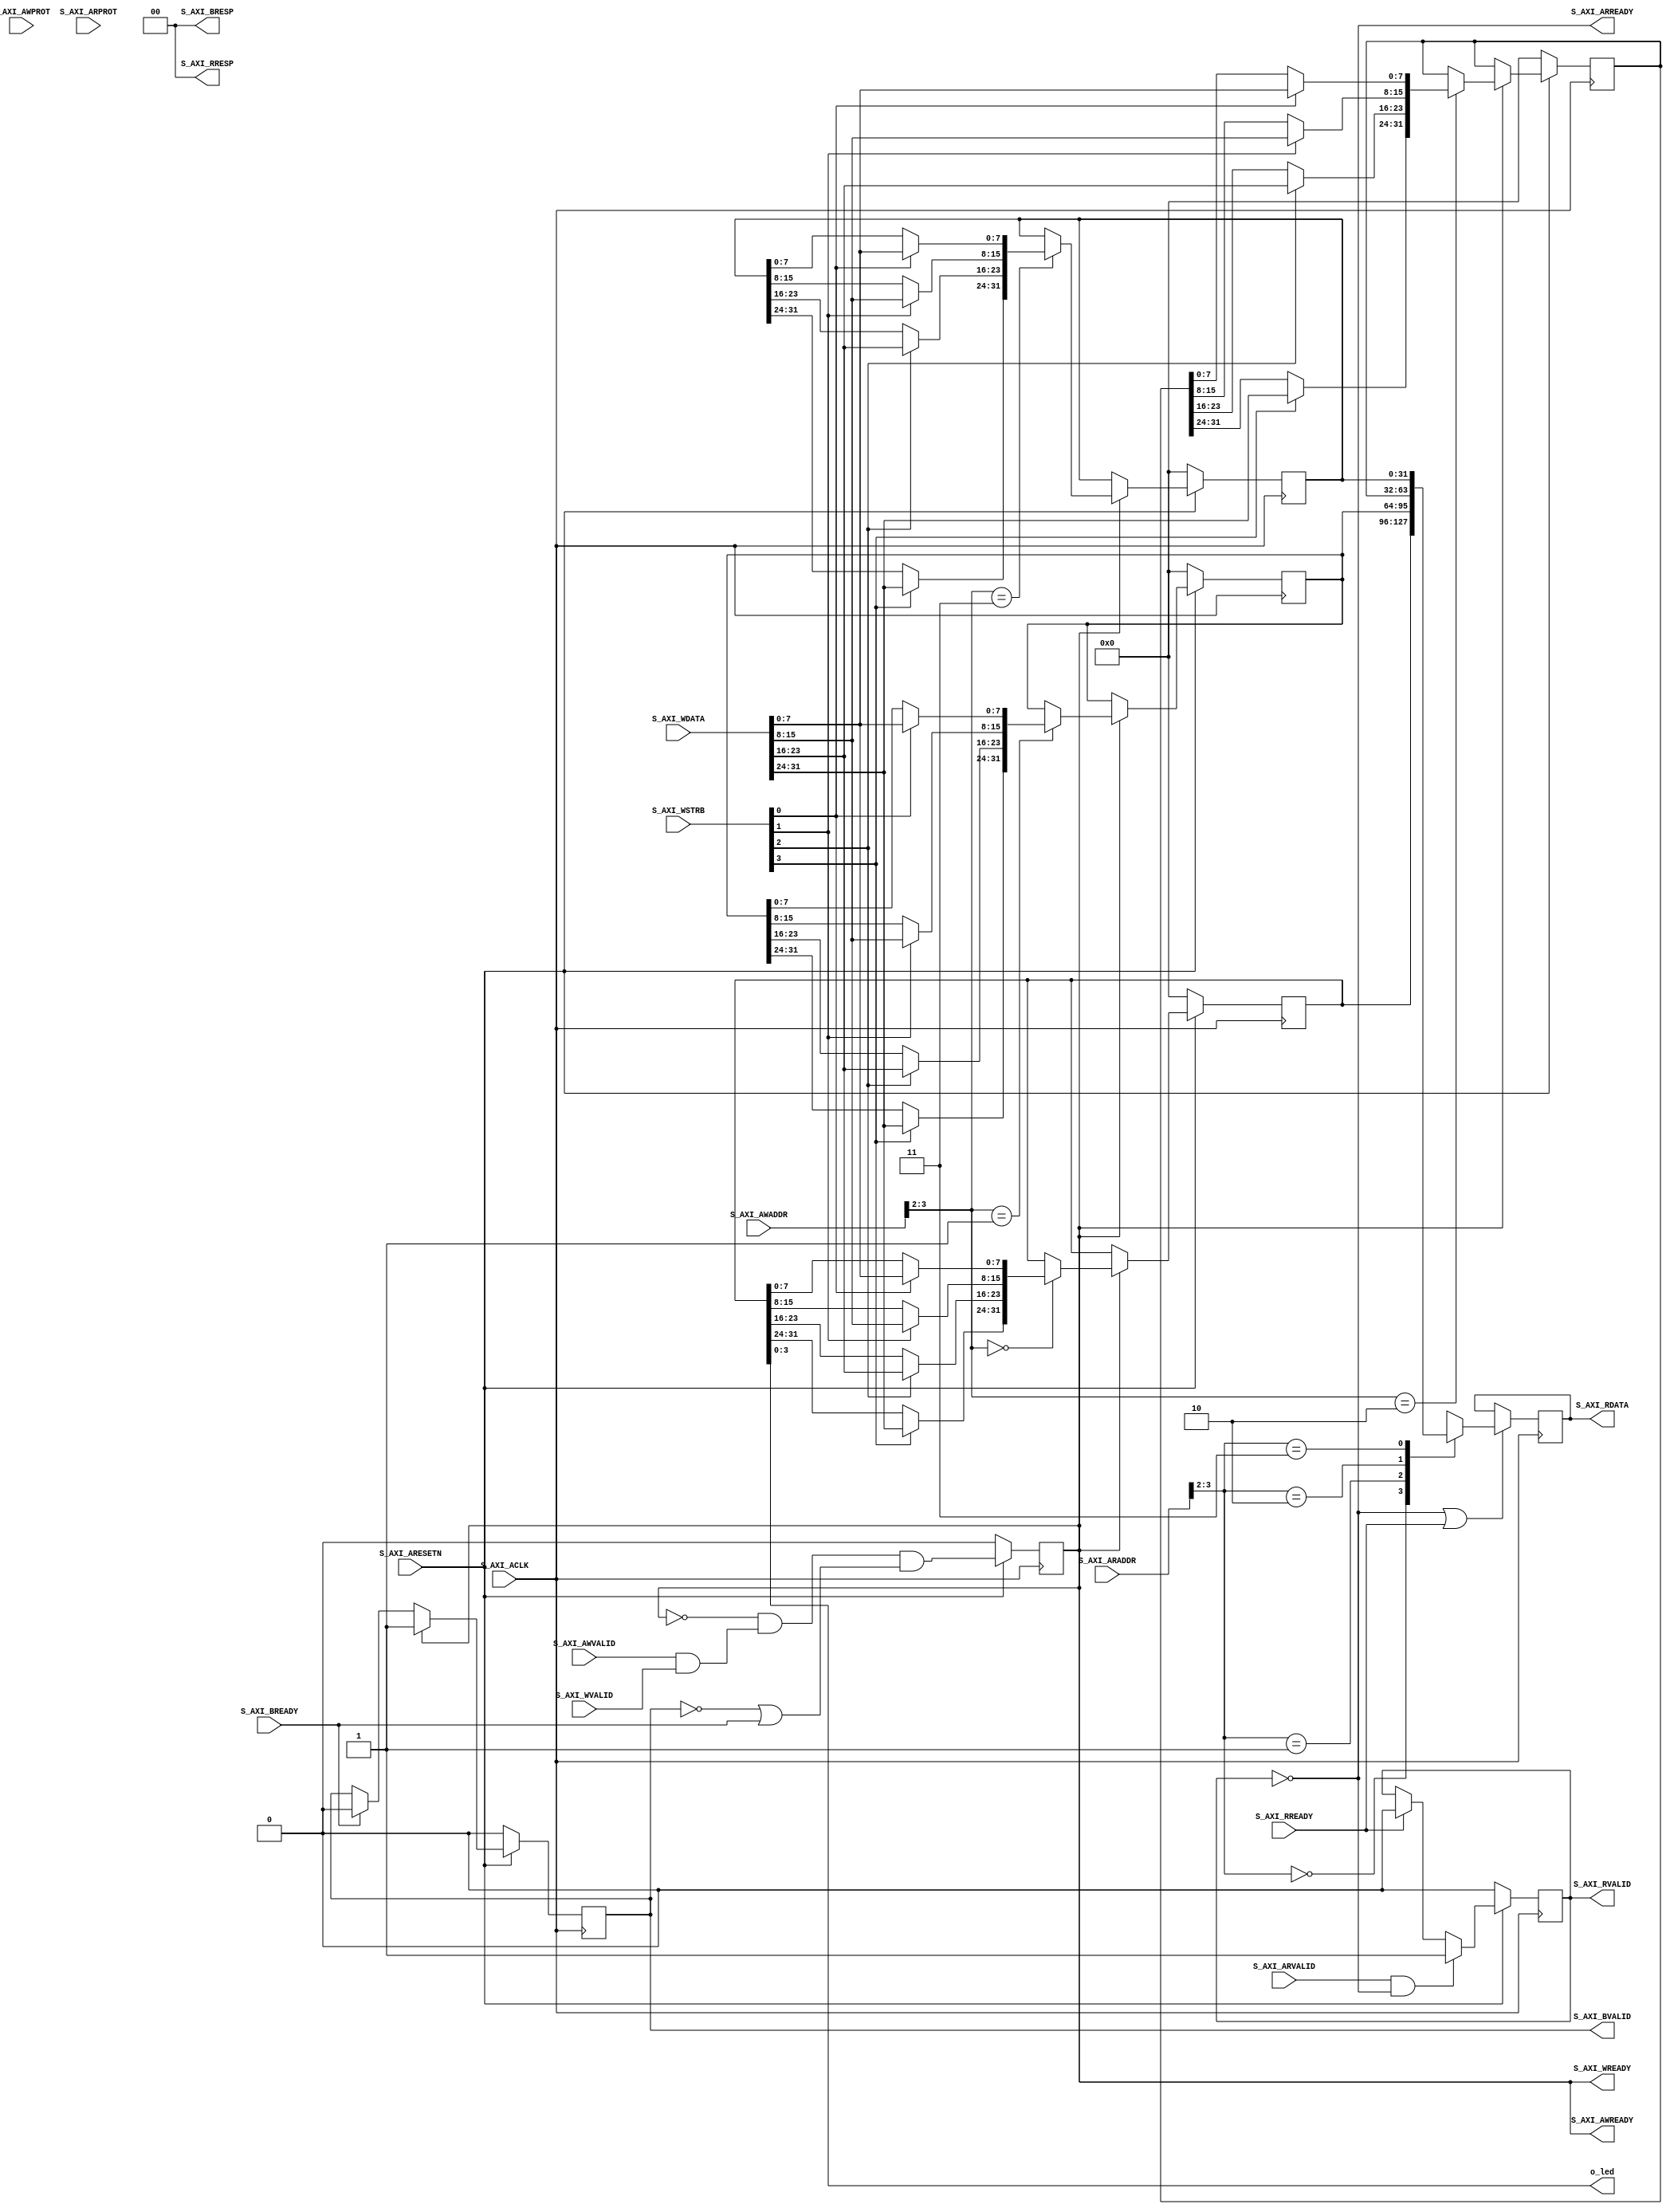
module axi_wrapper_v1_0_S00_AXI #(
		

		// Width of S_AXI data bus
		parameter integer C_S_AXI_DATA_WIDTH = 32,
		// Width of S_AXI address bus
		parameter integer C_S_AXI_ADDR_WIDTH = 4,
		
		// Users to add parameters here
		parameter [0:0]	OPT_SKIDBUFFER = 1'b0,
		parameter [0:0]	OPT_LOWPOWER = 0,
		localparam	ADDRLSB = $clog2(C_S_AXI_DATA_WIDTH)-3
		// User parameters ends
	) (
	    // Users to add ports here
		output wire [3:0] o_led,
	    // User ports ends
		// Do not modify the ports beyond this line
		
		input	wire S_AXI_ACLK,
		input	wire S_AXI_ARESETN,
		
		input	wire S_AXI_AWVALID,
		output	wire S_AXI_AWREADY,
		input	wire [C_S_AXI_ADDR_WIDTH-1:0] S_AXI_AWADDR,
		input	wire [2:0] S_AXI_AWPROT,
		
		input	wire S_AXI_WVALID,
		output	wire S_AXI_WREADY,
		input	wire [C_S_AXI_DATA_WIDTH-1:0] S_AXI_WDATA,
		input	wire [C_S_AXI_DATA_WIDTH/8-1:0] S_AXI_WSTRB,
		
		output	wire S_AXI_BVALID,
		input	wire S_AXI_BREADY,
		output	wire [1:0] S_AXI_BRESP,
		
		input	wire S_AXI_ARVALID,
		output	wire S_AXI_ARREADY,
		input	wire [C_S_AXI_ADDR_WIDTH-1:0] S_AXI_ARADDR,
		input	wire [2:0] S_AXI_ARPROT,
		
		output	wire S_AXI_RVALID,
		input	wire S_AXI_RREADY,
		output	wire [C_S_AXI_DATA_WIDTH-1:0] S_AXI_RDATA,
		output	wire [1:0] S_AXI_RRESP
	);


	/***********************************************************************
     *
     * Register/wire signal declarations
     * 
	 ***********************************************************************/

	wire i_reset = !S_AXI_ARESETN;

	wire axil_write_ready;
	wire [C_S_AXI_ADDR_WIDTH-ADDRLSB-1:0]	awskd_addr;

	wire [C_S_AXI_DATA_WIDTH-1:0]	wskd_data;
	wire [C_S_AXI_DATA_WIDTH/8-1:0]	wskd_strb;
	reg	 axil_bvalid;
	
	wire axil_read_ready;
	wire [C_S_AXI_ADDR_WIDTH-ADDRLSB-1:0]	arskd_addr;
	reg	 [C_S_AXI_DATA_WIDTH-1:0]	axil_read_data;
	reg	 axil_read_valid;

	reg	 [31:0]	led0, led1, led2, led3;
	wire [31:0]	wskd_r0, wskd_r1, wskd_r2, wskd_r3;
	

	/***********************************************************************
     *
     * AXI-Lite signaling
     * 
	 ***********************************************************************/

    /****** Write signaling *****/

    reg axil_awready;

    initial	axil_awready = 1'b0;
	always @(posedge S_AXI_ACLK)
	if (!S_AXI_ARESETN)
		axil_awready <= 1'b0;
	else
		axil_awready <= !axil_awready
			&& (S_AXI_AWVALID && S_AXI_WVALID)
			&& (!S_AXI_BVALID || S_AXI_BREADY);

    assign	S_AXI_AWREADY = axil_awready;
	assign	S_AXI_WREADY  = axil_awready;

    assign 	awskd_addr = S_AXI_AWADDR[C_S_AXI_ADDR_WIDTH-1:ADDRLSB];
	assign	wskd_data  = S_AXI_WDATA;
	assign	wskd_strb  = S_AXI_WSTRB;
    
    assign	axil_write_ready = axil_awready;


    initial	axil_bvalid = 0;
	always @(posedge S_AXI_ACLK)
	if (i_reset)
		axil_bvalid <= 0;
	else if (axil_write_ready)
		axil_bvalid <= 1;
	else if (S_AXI_BREADY)
		axil_bvalid <= 0;

	assign	S_AXI_BVALID = axil_bvalid;
	assign	S_AXI_BRESP = 2'b00;


    /****** Read signaling *****/

    reg	axil_arready;

    always @(*)
        axil_arready = !S_AXI_RVALID;

    assign	arskd_addr = S_AXI_ARADDR[C_S_AXI_ADDR_WIDTH-1:ADDRLSB];
    assign	S_AXI_ARREADY = axil_arready;
    assign	axil_read_ready = (S_AXI_ARVALID && S_AXI_ARREADY);


    initial	axil_read_valid = 1'b0;
	always @(posedge S_AXI_ACLK)
	if (i_reset)
		axil_read_valid <= 1'b0;
	else if (axil_read_ready)
		axil_read_valid <= 1'b1;
	else if (S_AXI_RREADY)
		axil_read_valid <= 1'b0;

	assign	S_AXI_RVALID = axil_read_valid;
	assign	S_AXI_RDATA  = axil_read_data;
	assign	S_AXI_RRESP = 2'b00;


    /***********************************************************************
     *
     * AXI-Lite register logic
     * 
	 ***********************************************************************/

	assign	wskd_r0 = apply_wstrb(led0, wskd_data, wskd_strb);
	assign	wskd_r1 = apply_wstrb(led1, wskd_data, wskd_strb);
	assign	wskd_r2 = apply_wstrb(led2, wskd_data, wskd_strb);
	assign	wskd_r3 = apply_wstrb(led3, wskd_data, wskd_strb);
	
	assign  o_led[0] = led0[0];
	assign  o_led[1] = led0[1];
	assign  o_led[2] = led0[2];
	assign  o_led[3] = led0[3];

	initial	led0 = 0;
	initial	led1 = 0;
	initial	led2 = 0;
	initial	led3 = 0;
	always @(posedge S_AXI_ACLK)
	if (i_reset)
	begin
		led0 <= 0;
		led1 <= 0;
		led2 <= 0;
		led3 <= 0;
	end else if (axil_write_ready)
	begin
		case(awskd_addr)
		2'b00:	led0 <= wskd_r0;
		2'b01:	led1 <= wskd_r1;
		2'b10:	led2 <= wskd_r2;
		2'b11:	led3 <= wskd_r3;
		endcase
	end

	initial	axil_read_data = 0;
	always @(posedge S_AXI_ACLK)
	if (OPT_LOWPOWER && !S_AXI_ARESETN)
		axil_read_data <= 0;
	else if (!S_AXI_RVALID || S_AXI_RREADY)
	begin
		case(arskd_addr)
		2'b00:	axil_read_data	<= led0;
		2'b01:	axil_read_data	<= led1;
		2'b10:	axil_read_data	<= led2;
		2'b11:	axil_read_data	<= led3;
		endcase

		if (OPT_LOWPOWER && !axil_read_ready)
			axil_read_data <= 0;
	end

	function [C_S_AXI_DATA_WIDTH-1:0]	apply_wstrb;
		input	[C_S_AXI_DATA_WIDTH-1:0]		prior_data;
		input	[C_S_AXI_DATA_WIDTH-1:0]		new_data;
		input	[C_S_AXI_DATA_WIDTH/8-1:0]	wstrb;

		integer	k;
		for(k=0; k<C_S_AXI_DATA_WIDTH/8; k=k+1)
		begin
			apply_wstrb[k*8 +: 8]
				= wstrb[k] ? new_data[k*8 +: 8] : prior_data[k*8 +: 8];
		end
	endfunction

endmodule